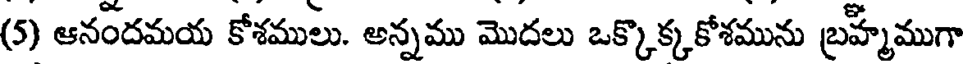
(5) ఆనందమయ కోశములు. అన్నము మొదలు ఒక్కొక్కకోశమును బ్రహ్మేముగా